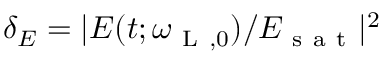
\delta _ { E } = | E ( t ; \omega _ { \mathrm { ~ L ~ } , 0 } ) / E _ { \mathrm { ~ s ~ a ~ t ~ } } | ^ { 2 }